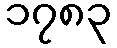
၁၇၈၃